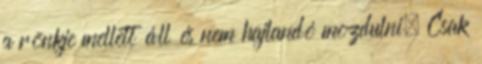
a rönkje mellett áll és nem hajlandó mozdulni. Csak